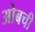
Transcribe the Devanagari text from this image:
ओबची